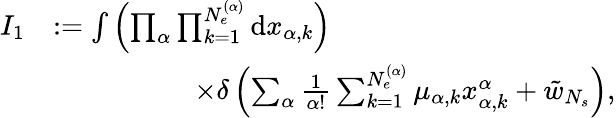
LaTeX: \begin{array}{rl}{I_{1}}&{:=\int{\left(\prod_{\alpha}\prod_{k=1}^{N_{e}^{(\alpha)}}{\mathrm{d}x_{\alpha,k}}\right)}}\\ &{\qquad\qquad\quad\times\delta\left(\sum_{\alpha}\frac{1}{\alpha!}\sum_{k=1}^{N_{e}^{(\alpha)}}{\mu_{\alpha,k}x_{\alpha,k}^{\alpha}}+\tilde{w}_{N_{s}}\right),}\end{array}